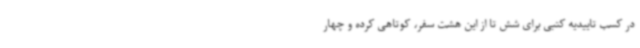
در کسب تاییدیه کتبی برای شش تا از این هشت سفر، کوتاهی کرده و چهار